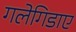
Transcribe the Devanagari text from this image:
गलेगिडाए